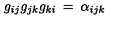
g _ { i j } g _ { j k } g _ { k i } \: = \: \alpha _ { i j k }